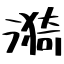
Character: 漪